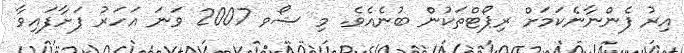
އިރު ފެންނާނެކަމަށް ރިޕޯޓްތަކުން ބުނެއެވެ. މި ޝޯވ 2007 ވަނަ އަހަރު ފަށާފައިވާ